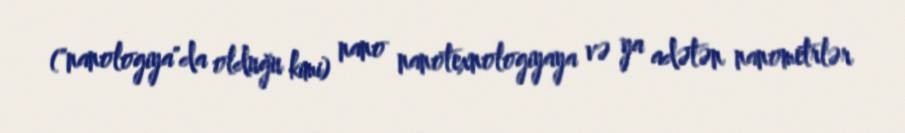
("nanologiya"da olduğu kimi) nano nanotexnologiyaya və ya adətən nanometrlər